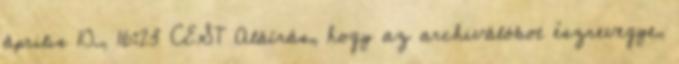
április 10., 16:23 CEST Aláírás, hogy az archiválóbot észrevegye,